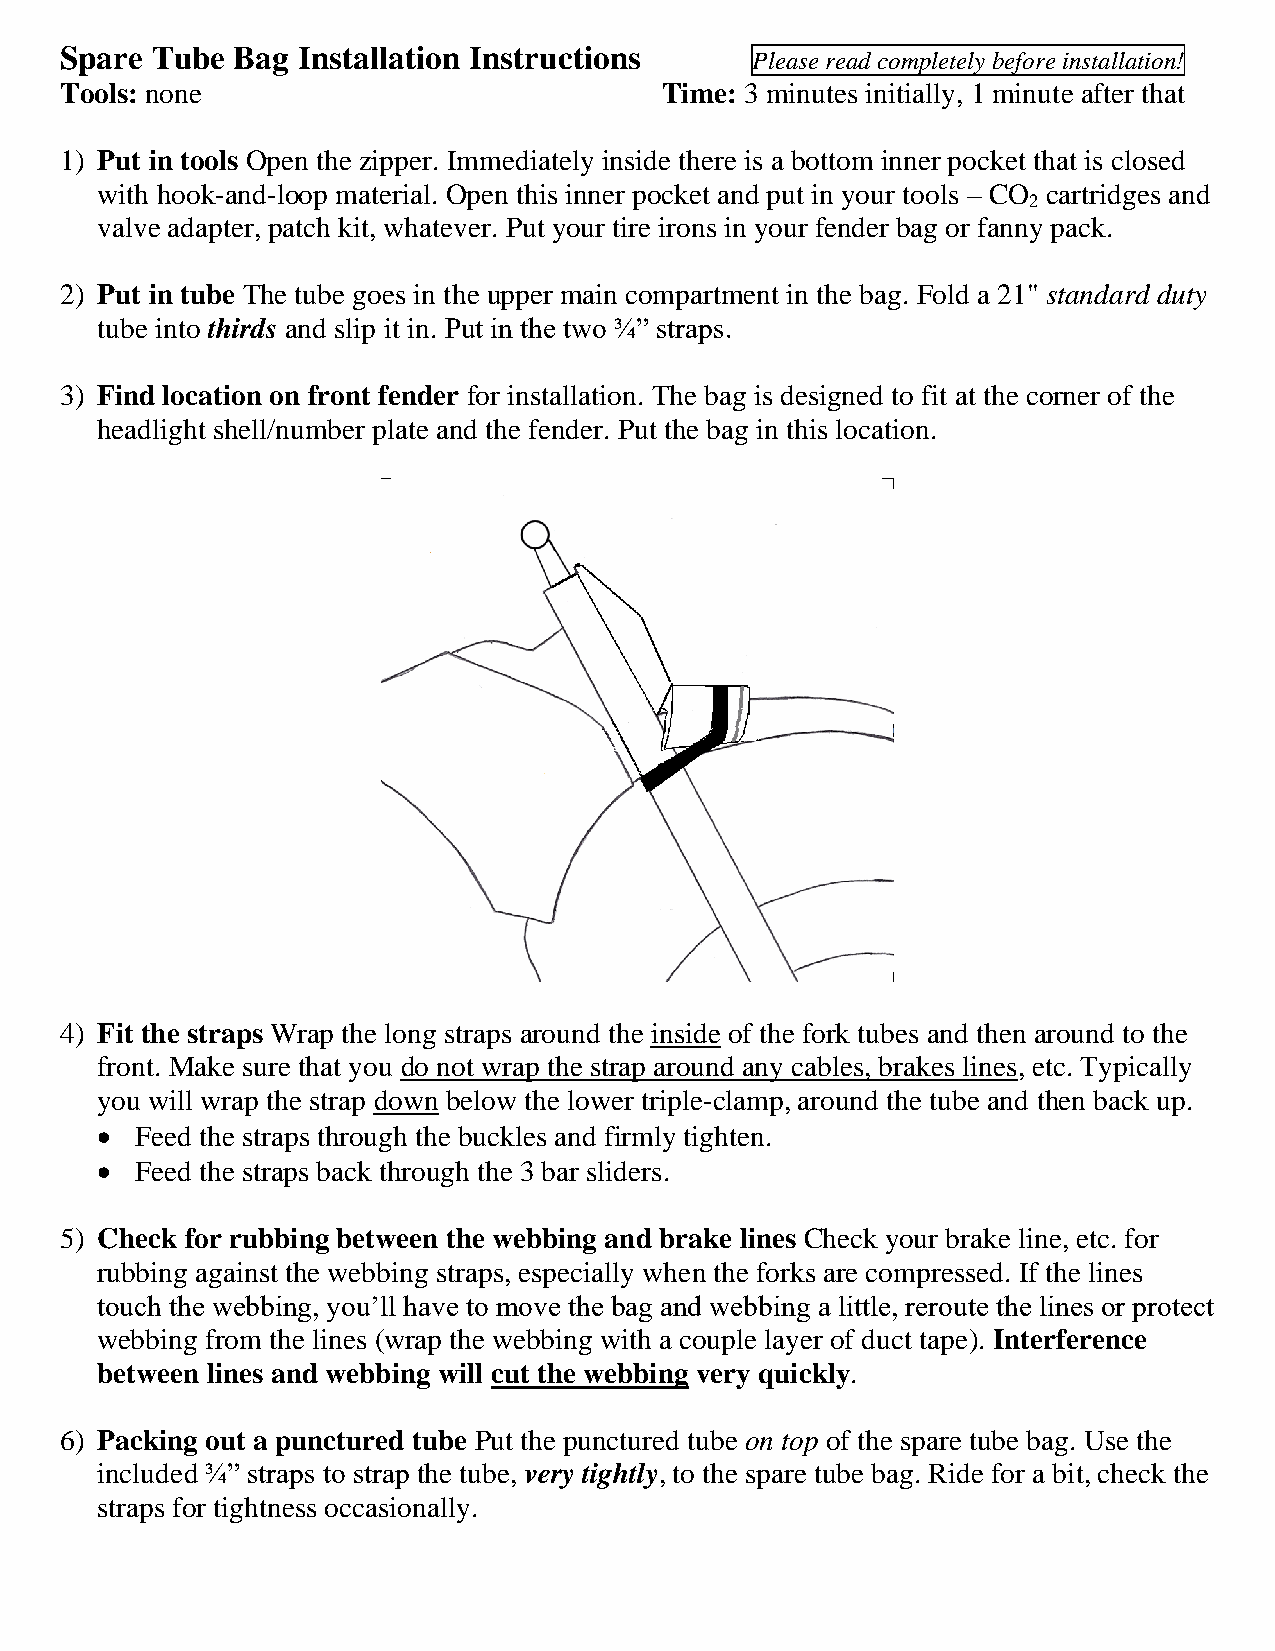
Spare Tube Bag  Installation Instructions
 Please read completely before installation!
 Tools: none                             Time: 3 minutes initially, 1 minute after that
 1) Put in tools Open the zipper. Immediately inside there is a bottom inner pocket that is closed
 with hook-and-loop material. Open this inner pocket and put in your tools – CO cartridges and
 2
 valve adapter, patch kit, whatever. Put your tire irons in your fender bag or fanny pack.
 2) Put in tube The tube goes in the upper main compartment in the bag. Fold a 21" standard duty
 tube into thirds and slip it in. Put in the two ¾” straps.
 3) Find location on front fender for installation. The bag is designed to fit at the corner of the
 headlight shell/number plate and the fender. Put the bag in this location.
 4) Fit the straps Wrap the long straps around the inside of the fork tubes and then around to the
 front. Make sure that you do not wrap the strap around any cables, brakes lines, etc. Typically
 you will wrap the strap down below the lower triple-clamp, around the tube and then back up.
 •  Feed the straps through the buckles and firmly tighten.
 •  Feed the straps back through the 3 bar sliders.
 5) Check for rubbing between the webbing and brake lines Check your brake line, etc. for
 rubbing against the webbing straps, especially when the forks are compressed. If the lines
 touch the webbing, you’ll have to move the bag and webbing a little, reroute the lines or protect
 webbing from the lines (wrap the webbing with a couple layer of duct tape). Interference
 between lines and webbing will cut the webbing very quickly.
 6) Packing out a punctured tube Put the punctured tube on top of the spare tube bag. Use the
 included ¾” straps to strap the tube, very tightly, to the spare tube bag. Ride for a bit, check the
 straps for tightness occasionally.